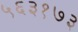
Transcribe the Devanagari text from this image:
५६३१७३